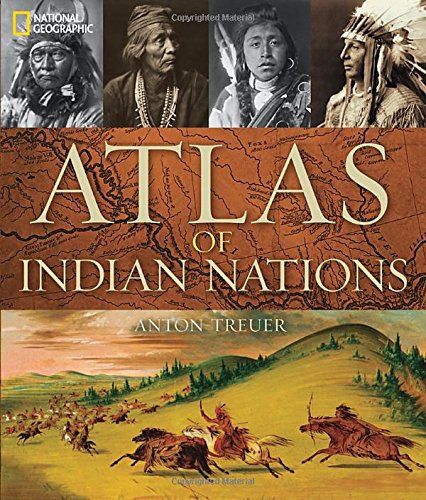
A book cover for Atlas of Indian Nations; Anton Treuer; Science & Math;